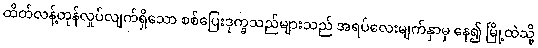
ထိတ်လန့်တုန်လှုပ်လျက်ရှိသော စစ်ပြေးဒုက္ခသည်များသည် အရပ်လေးမျက်နှာမှ နေ၍ မြို့ထဲသို့